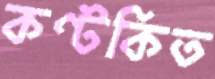
কণ্টকিত